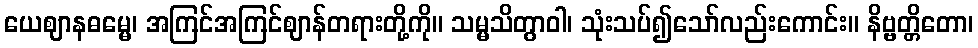
ယေဈာနဓမ္မေ၊ အကြင်အကြင်ဈာန်တရားတို့ကို။ သမ္မသိတွာဝါ၊ သုံးသပ်၍သော်လည်းကောင်း။ နိဗ္ဗတ္တိတော၊